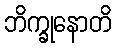
ဘိက္ခုနောတိ